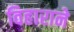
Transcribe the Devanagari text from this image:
विहाराने